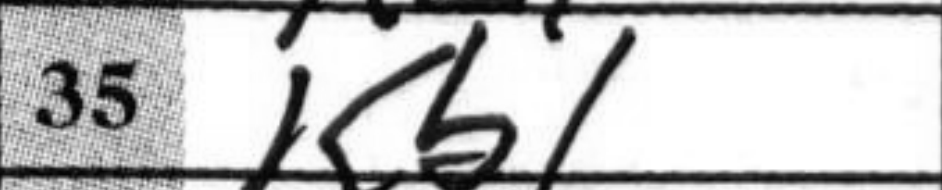
Transcription: Kb1